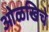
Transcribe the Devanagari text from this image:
ओळखिचे